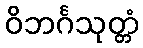
ဝိဘင်္ဂသုတ္တံ